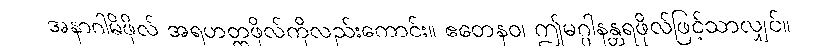
အနာဂါမိဖိုလ် အရဟတ္တဖိုလ်ကိုလည်းကောင်း။ ဧတေနဝ၊ ဤမဂ္ဂါနန္တရဖိုလ်ဖြင့်သာလျှင်။